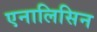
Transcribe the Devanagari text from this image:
एनालिसिन